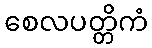
စေလပတ္တိကံ